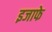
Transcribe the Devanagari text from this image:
इजाफे